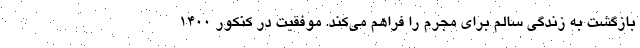
بازگشت به زندگی سالم برای مجرم را فراهم می‌کند. موفقیت در کنکور 1400